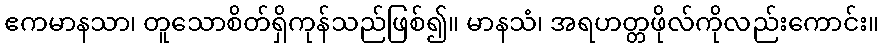
ဧကမာနသာ၊ တူသောစိတ်ရှိကုန်သည်ဖြစ်၍။ မာနသံ၊ အရဟတ္တဖိုလ်ကိုလည်းကောင်း။